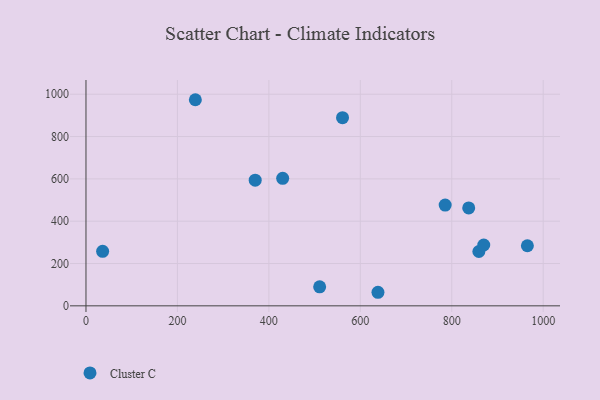
{"axis": {"x": "Engine Size", "y": "Profit"}, "legend": ["Cluster C"], "data": [{"x": "785.6", "y": 476.2, "type": "Cluster C"}, {"x": "430.2", "y": 602.7, "type": "Cluster C"}, {"x": "837.1", "y": 462.9, "type": "Cluster C"}, {"x": "638.6", "y": 64.1, "type": "Cluster C"}, {"x": "239.2", "y": 974.0, "type": "Cluster C"}, {"x": "511.1", "y": 89.9, "type": "Cluster C"}, {"x": "859.3", "y": 256.7, "type": "Cluster C"}, {"x": "870.0", "y": 287.6, "type": "Cluster C"}, {"x": "370.1", "y": 594.0, "type": "Cluster C"}, {"x": "36.4", "y": 257.8, "type": "Cluster C"}, {"x": "561.1", "y": 889.0, "type": "Cluster C"}, {"x": "965.4", "y": 284.0, "type": "Cluster C"}]}